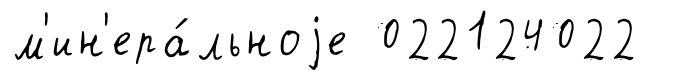
м'ин'ера́льноjе 022124022